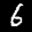
Label: 6